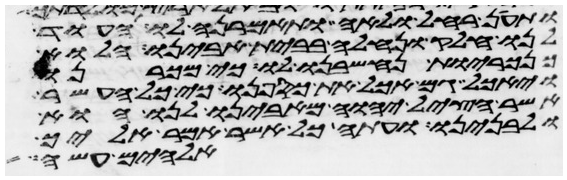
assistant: ותען רחל ולאה ותאמרנה לו העוד
לנו חלק ונחלה בבית אבינו הלוא
כנכריות נחשבנו לו כי מכרנו
ויאכל גם אכל את כספנו כי כל העשר
אשר הציל יהוה מאבינו לנו הוא
ולבנינו ועתה כל אשר אמר אליך
אלהים עשה